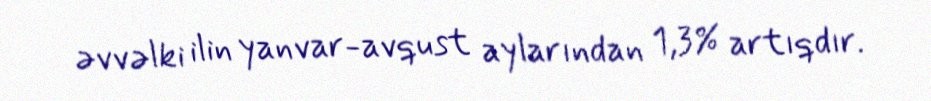
əvvəlki ilin yanvar-avqust aylarından 1,3% artıqdır.